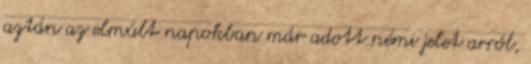
aztán az elmúlt napokban már adott némi jelet arról,